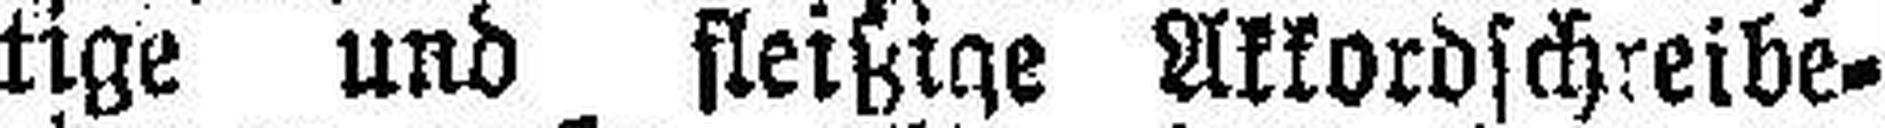
tige und fleißige Akkordschreibe¬